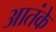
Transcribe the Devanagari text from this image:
आतंके